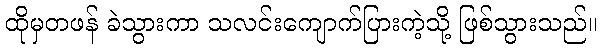
ထိုမှတဖန် ခဲသွားကာ သလင်းကျောက်ပြားကဲ့သို့ ဖြစ်သွားသည်။